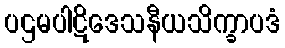
ပဌမပါဋိဒေသနီယသိက္ခာပဒံ